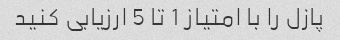
پازل را با امتیاز 1 تا 5 ارزیابی کنید